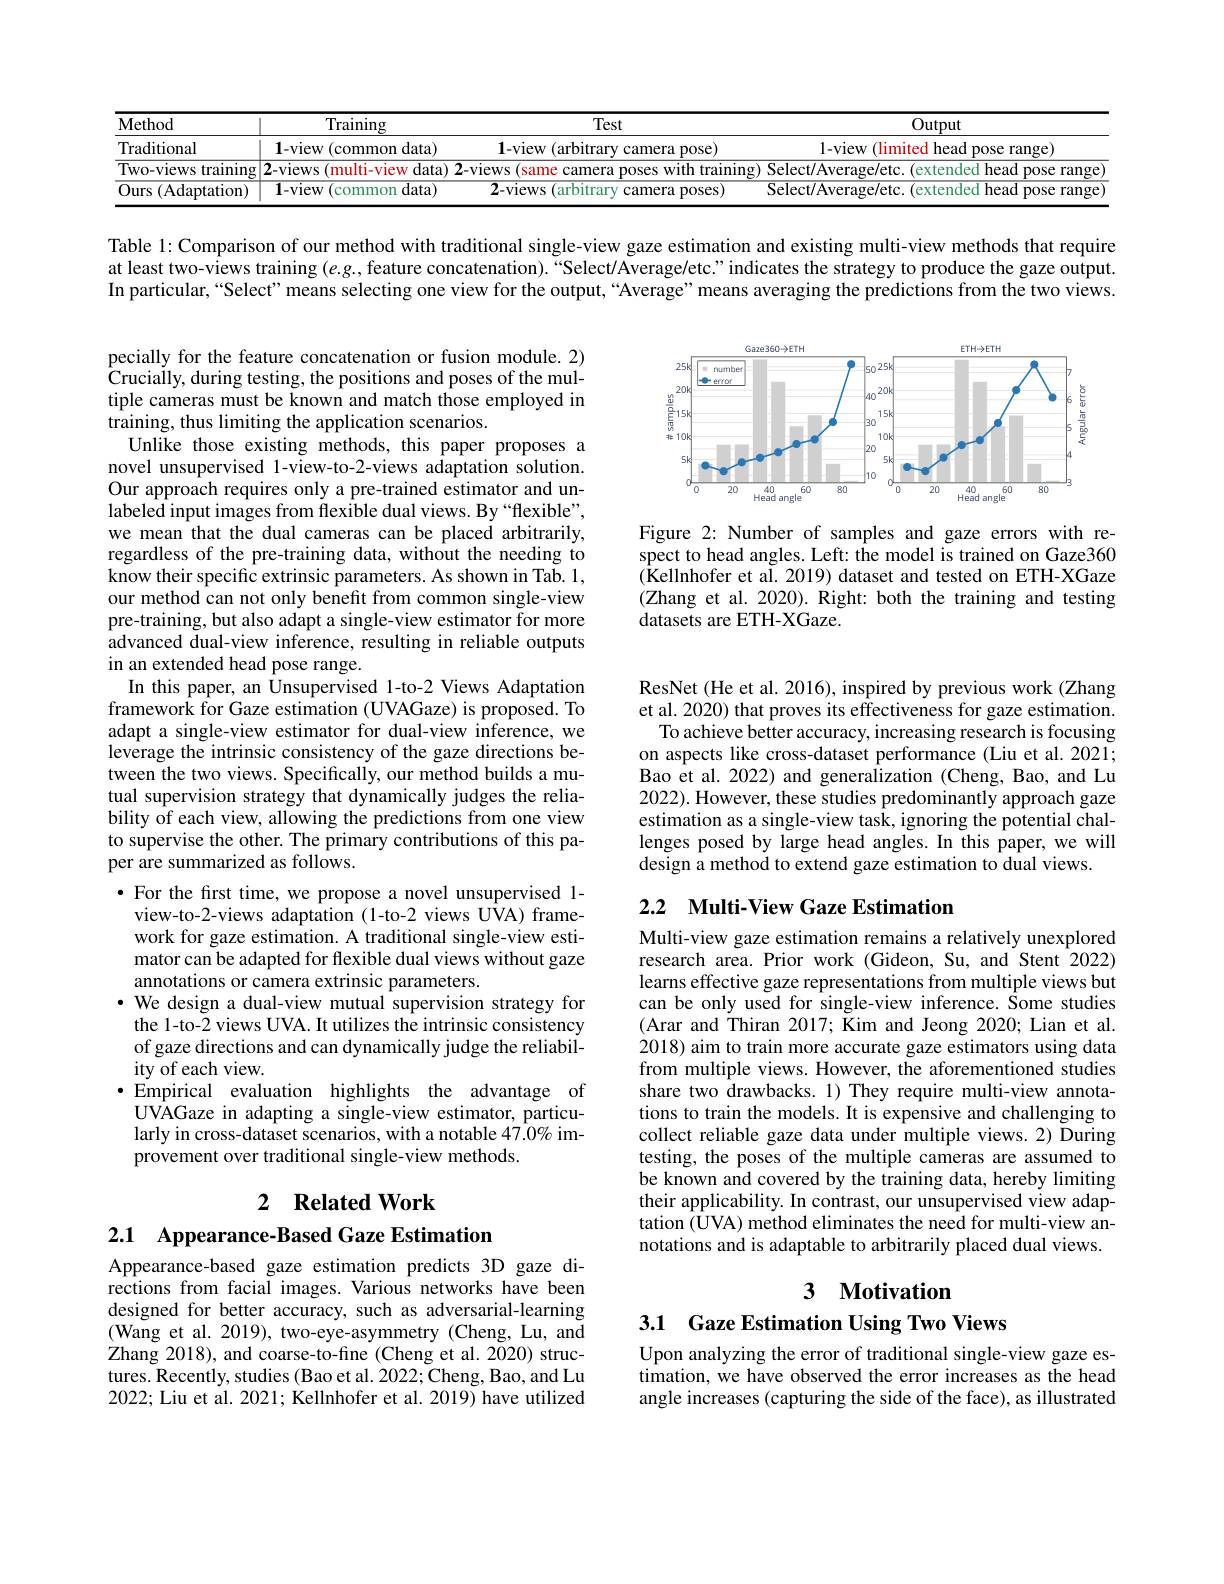
<table>
	<tbody>
		<tr>
			<th>$\mathbf{Method}$</th>
			<th>Training</th>
			<th>Test</th>
			<th>Output</th>
		</tr>
		<tr>
			<td>Traditional</td>
			<td>$1-view$ (common data)</td>
			<td>$\mathbf{1}$-view (arbitrary camera pose)</td>
			<td>$1-view$ (limited head pose range) r I</td>
		</tr>
		<tr>
			<td>Two- views s training</td>
			<td>2-views multi-view data</td>
			<td>2- views (same camera poses with training N</td>
			<td>Y $||\rho r|A$ ead</td>
		</tr>
		<tr>
			<td>Ours (Adaptation)</td>
			<td>$1-view$ ( common $\overline{\mathrm{data}})$</td>
			<td>2-views (arbitrary camera poses)</td>
			<td>mot</td>
		</tr>
	</tbody>
</table>

Table 1: Comparison of our method with traditional single-view gaze estimation and existing multi-view methods that require at least two-views training $(e.g.$,feature concatenation).“Select/Average/etc.”indicates the strategy to produce the gaze output. In particular,“Select” means selecting one view for the output,“Average” means averaging the predictions from the two views.

<FigureHere>

Figure 2: Number of samples and gaze errors with respect to head angles. Left: the model is trained on Gaze360 ($\hat{\text{Kellnhofer et aI. 2019) dataset and tested on ETH- XGaze}}$ (Zhang et al. 2020). Right: both the training and testing datasets are ETH-XGaze.

pecially for the feature concatenation or fusion module. 2) $\hat{C}$rucially, during testing, the positions and poses of the mul- tiple cameras must be known and match those employed in training, thus limiting the application scenarios.
Unlike those existing methods, this paper proposes a novel unsupervised 1-view-to-2-views adaptation solution. Our approach requires only a pre-trained estimator and unlabeled input images from flexible dual views. By “flexible”, we mean that the dual cameras can be placed arbitrarily, regardless of the pre-training data, without the needing to know their specific extrinsic parameters. As shown in Tab. 1, our method can not only benefit from common single-view pre-training, but also adapt a single-view estimator for more advanced dual-view inference, resulting in reliable outputs in an extended head pose range.
In this paper, an Ûnsupervised 1-to-2 Views Adaptation framework for Gaze estimation (UVAGaze) is proposed. To adapt a single-view estimator for dual-view inference, we leverage the intrinsic consistency of the gaze directions between the two views. Specifically, our method builds a mutual supervision strategy that dynamically judges the reliability of each view, allowing the predictions from one view to supervise the other. The primary contributions of this paper are summarized as follows.
$\bullet$ For the first time, we propose a novel unsupervised 1-
view-to-2-views adaptation (1-to-2 views UVA) framework for gaze estimation. A traditional single-view estimator can be adapted for flexible dual views without gaze annotations or camera extrinsic parameters.
· We design a dual-view mutual supervision strategy for the 1-to-2 views UVA. It utilizes the intrinsic consistency of gaze directions and can dynamically judge the reliability of each view.
·Empirical evaluation highlights the advantage of UVAGaze in adapting a single-view estimator, particularly in cross-dataset scenarios, with a notable 47.0% improvement over traditional single-view methods.
2 Related Work

ResNet (He et al. 2016), inspired by previous work (Zhang et al. 2020) that proves its effectiveness for gaze estimation.
To achieve better accuracy, increasing research is focusing on aspects like cross-dataset performance (Liu et al.2021; Bao et al. 2022) and generalization (Cheng, Bao, and Lu 2022). However, these studies predominantly approach gaze estimation as a single-view task, ignoring the potential challenges posed by large head angles. In this paper, we will design a method to extend gaze estimation to dual views.

# 2.2 Multi-View Gaze Estimation

Multi-view gaze estimation remains a relatively unexplored research area. Prior work (Gideon, Su, and Stent 2022) learns effective gaze representations from multiple views but can be only used for single-view inference. Some studies (Arar and Thiran 2017; Kim and Jeong 2020; Lian et al. 2018) aim to train more accurate gaze estimators using data from multiple views. However, the aforementioned studies share two drawbacks. 1) They require multi-view annotations to train the models. It is expensive and challenging to collect reliable gaze data under multiple views. 2) During testing, the poses of the multiple cameras are assumed to be known and covered by the training data, hereby limiting their applicability. In contrast, our unsupervised view adaptation (UVA) method eliminates the need for multi-view annotations and is adaptable to arbitrarily placed dual views.

2.1 Appearance-Based Gaze Estimation

3 $\textbf{Motivation}$

3.1 Gaze Estimation Using Two Views

Appearance-based gaze estimation predicts 3D gaze directions from facial images. Various networks have been designed for better accuracy, such as adversarial-learning (Wang et al. 2019), two-eye-asymmetry (Cheng, Lu, and Zhang 2018), and coarse-to-fine (Cheng et al. 2020) structures. Recently, studies (Bao et al. 2022; Cheng, Bao, and Lu 2022; Liu et al. 2021; Kellnhofer et al. 2019) have utilized

Upon analyzing the error of traditional single-view gaze estimation, we have observed the error increases as the head angle increases (capturing the side of the face), as illustrated